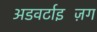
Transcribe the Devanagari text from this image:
अडवर्टाइज़िंग